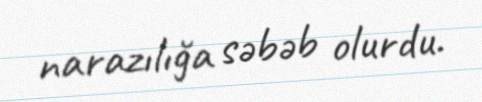
narazılığa səbəb olurdu.